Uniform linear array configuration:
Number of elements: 4
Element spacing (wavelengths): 0.75
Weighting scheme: kaiser
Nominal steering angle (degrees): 15
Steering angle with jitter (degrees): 15.08
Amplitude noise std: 0.05
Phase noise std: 0.05

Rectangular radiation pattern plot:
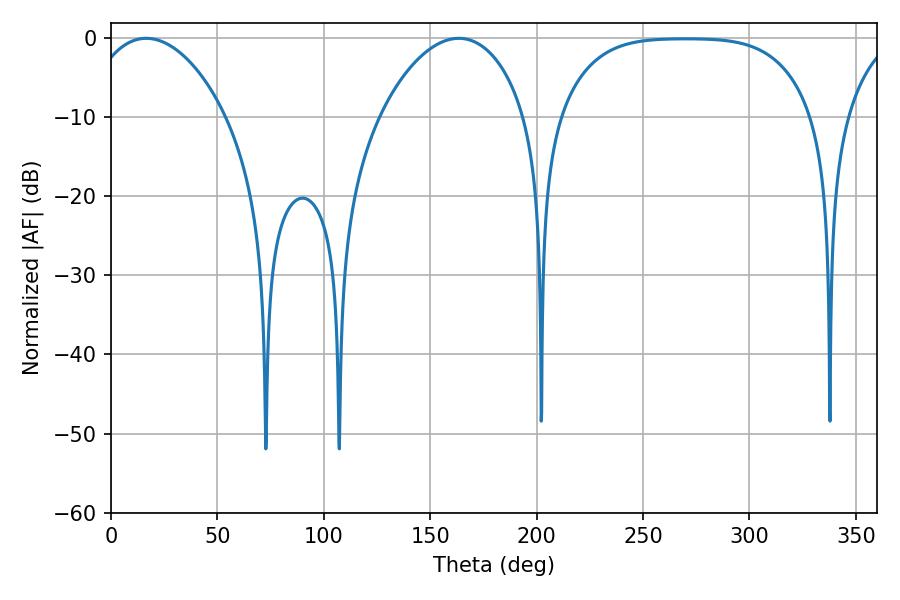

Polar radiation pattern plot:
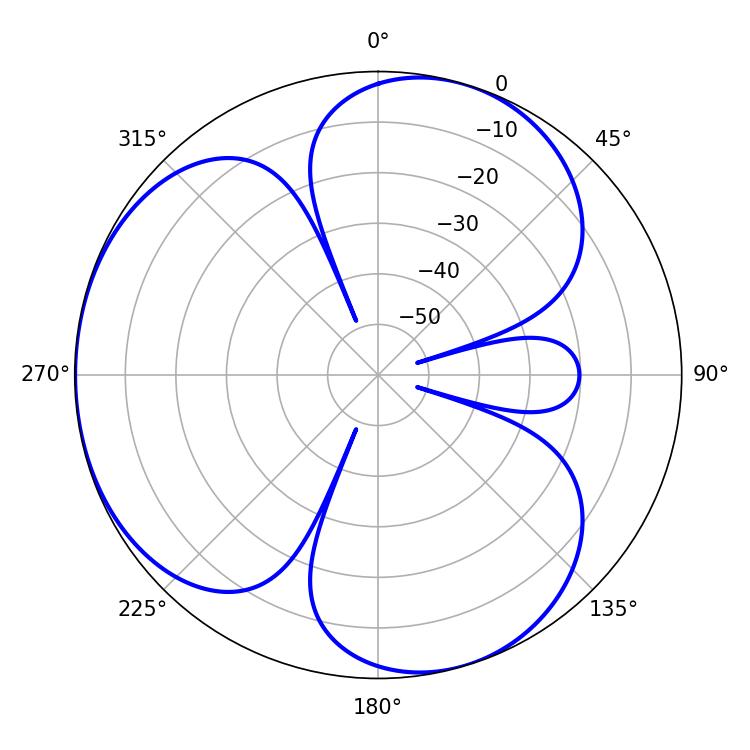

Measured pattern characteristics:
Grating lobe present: TRUE
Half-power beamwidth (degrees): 37.08
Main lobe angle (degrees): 16.56